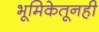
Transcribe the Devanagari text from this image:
भूमिकेतूनही